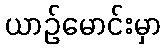
ယာဉ်မောင်းမှာ